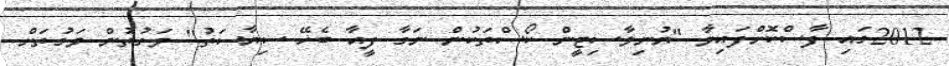
2012ގައި ފާސްކޮށްފައިވާ "ޔުނިވާސިޓީން ކޯސްތަކުން ނަގާ ފީއާ ބެހޭ ސިޔާސަތު" ވަގުތުން ވަގުތަށް